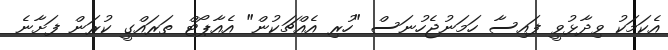
އެކަމަކު ވިދާޅުވީ ފައިސާ ހަމަނުޖެހުނަސް "ހުރި އެއްޗަކުން" އެއާޕޯޓް ތަރައްގީ ކުރަން ފަށާނެ